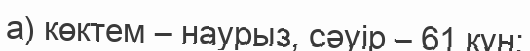
а) көктем – наурыз, сәуір – 61 күн;